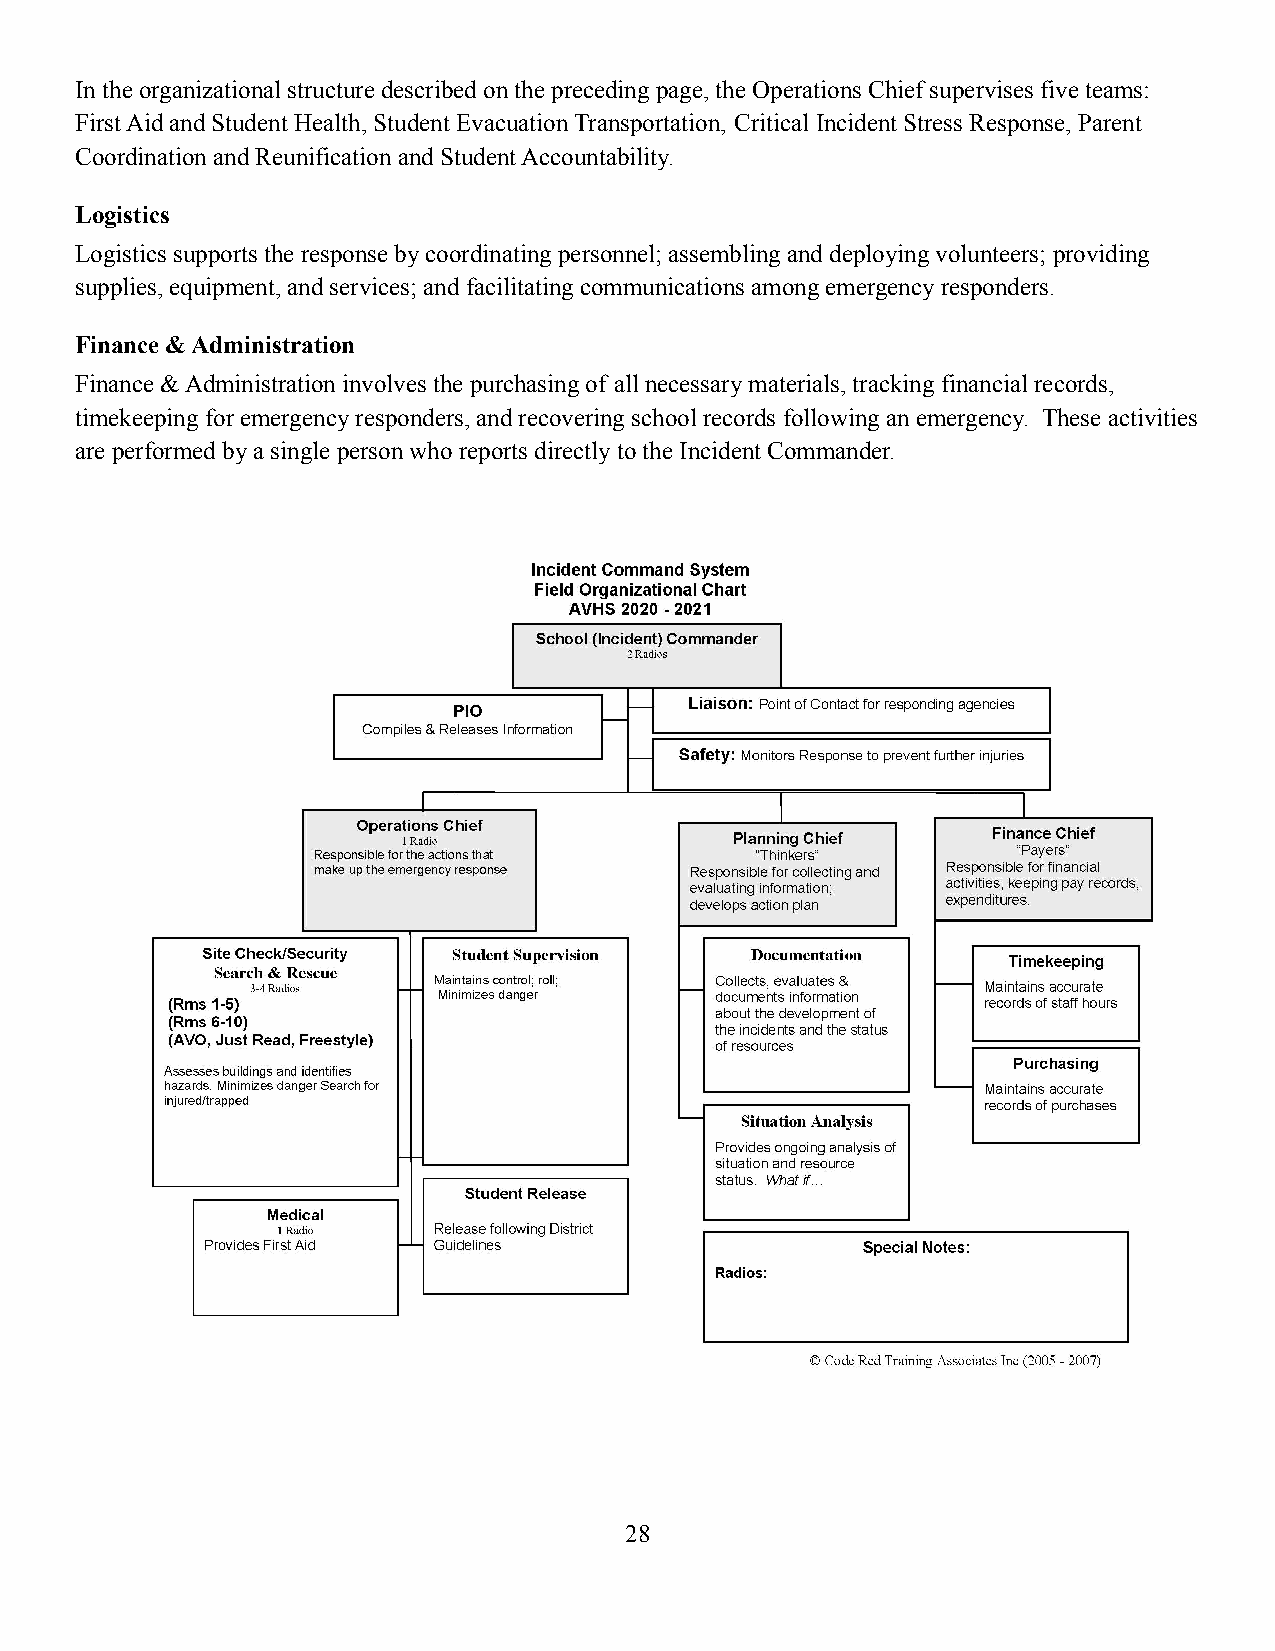
In the organizational structure described on the preceding page, the Operations Chief supervises five teams:
 First Aid and Student Health, Student Evacuation Transportation, Critical Incident Stress Response, Parent
 Coordination and Reunification and Student Accountability.
 Logistics
 Logistics supports the response by coordinating personnel;assembling and deploying volunteers; providing
 supplies, equipment, and services; and facilitatingcommunications among emergency responders.
 Finance & Administration
 Finance & Administration involves the purchasing of all necessary materials, tracking financial records,
 timekeeping for emergency responders, and recoveringschool records following an emergency. These activities
 are performed by a single person who reports directlyto the Incident Commander.
 28